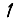
Digit: 1